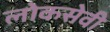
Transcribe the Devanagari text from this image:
लोकसेवी